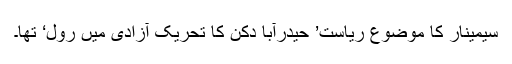
سیمینار کا موضوع ریاست’ حیدرآبا دکن کا تحریک آزادی میں رول‘ تھا۔